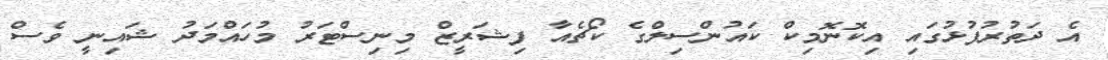
އެ ދަތުރުފުޅުގައި އިކޮނޮމިކް ކައުންސިލްގެ ކޯޗެއާ ފިޝަރީޒް މިނިސްޓަރު މުހައްމަދު ޝައިނީ ވެސް